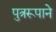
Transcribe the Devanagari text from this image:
पुत्ररूपाने